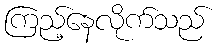
ကြည့်နေလိုက်သည်